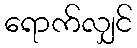
ရောက်လျှင်